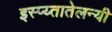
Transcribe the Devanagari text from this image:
इस्प्य्तातेलन्यी